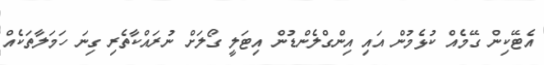
އެޓޭކިން ގޭމެއް ކުޅެމުން އައި އިންގްލެންޑުން އިޓަލީ ގޯލަށް ނުރައްކާތެރި ގިނަ ހަމަލާތަކެއް